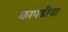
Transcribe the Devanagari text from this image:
कापडीया